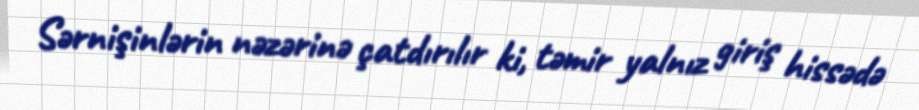
Sərnişinlərin nəzərinə çatdırılır ki, təmir yalnız giriş hissədə